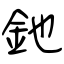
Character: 釶